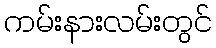
ကမ်းနားလမ်းတွင်